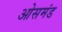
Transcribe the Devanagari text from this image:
ओसमंड